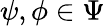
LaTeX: \psi,\phi\in\Psi